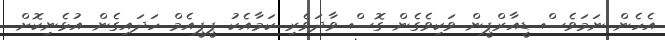
އެހެން ނަމަވެސް ޑީއާރްޕީން ވަކިވެގެން ގޮސް ވާދަވެރި ކަމާއެކު ޕީޕީއެމް ހަދައިގެން އުޅެނިކޮށް